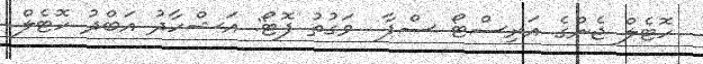
ހޮޓެލް ޖެންގެ އަރިސްޓޯ ސްޕާ  ވަގުތު ފޮޓޯ: އަޝްހާދު އަބްދު ހޮޓެލް